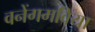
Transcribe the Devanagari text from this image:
वनेंगमविया